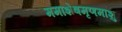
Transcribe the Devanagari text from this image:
ममाशेषमृणमाशु